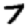
Digit: 7